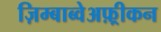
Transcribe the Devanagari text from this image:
ज़िम्बाब्वेअफ़्रीकन